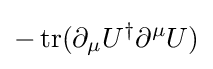
-\operatorname {tr} (\partial _{\mu }U^{\dagger }\partial ^{\mu }U)